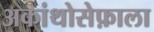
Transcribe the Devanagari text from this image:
अकांथोसेफ़ाला